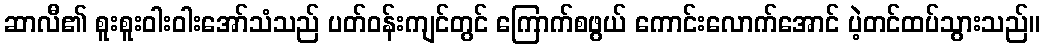
ဆာလီ၏ စူးစူးဝါးဝါးအော်သံသည် ပတ်ဝန်းကျင်တွင် ကြောက်စဖွယ် ကောင်းလောက်အောင် ပဲ့တင်ထပ်သွားသည်။